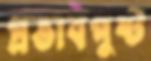
প্রভাবপুষ্ট